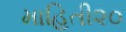
માહિતી૨૦